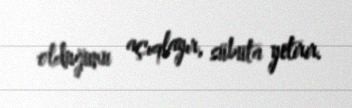
olduğunu açıqlayır, sübuta yetirir.